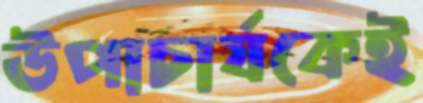
উপাচার্যকেই